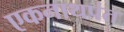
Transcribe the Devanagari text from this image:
एकनाथपंत